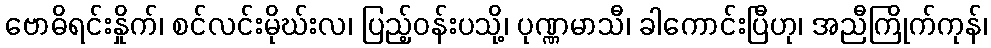
ဗောဓိရင်းနှိုက်၊ စင်လင်းမိုဃ်းလ၊ ပြည့်ဝန်းပသို့၊ ပုဏ္ဏမာသီ၊ ခါကောင်းပြီဟု၊ အညီကြိုက်ကုန်၊